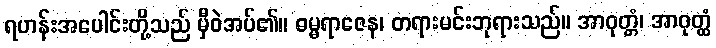
ရဟန်းအပေါင်းတို့သည် မှီဝဲအပ်၏။ ဓမ္မရာဇေန၊ တရားမင်းဘုရားသည်။ အာဝုတ္တံ၊ အာဝုတ္ထံ